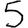
Digit: 5